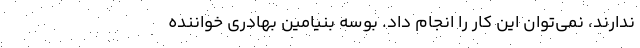
ندارند، نمی‌توان این کار را انجام داد. بوسه بنیامین بهادری خواننده